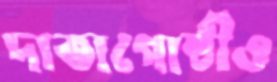
দাতাগোষ্ঠীও